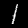
Label: 1